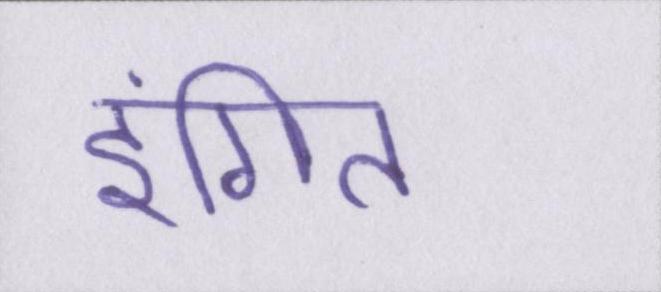
इंगित